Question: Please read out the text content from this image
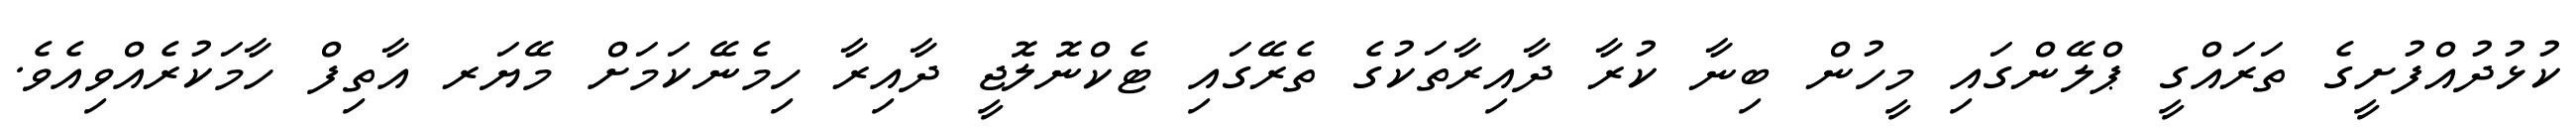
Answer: ކުޅުދުއްފުށީގެ ތަރައްގީ ޕްލޭންގައި މީހުން ބިނާ ކުރާ ދާއިރާތަކުގެ ތެރޭގައި ޓެކްނޮލޮޖީ ދާއިރާ ހިމެނޭކަމަށް މޭޔަރ އާތިފް ހާމަކުރެއްވިއެވެ.